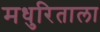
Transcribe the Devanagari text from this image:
मधुरिताला